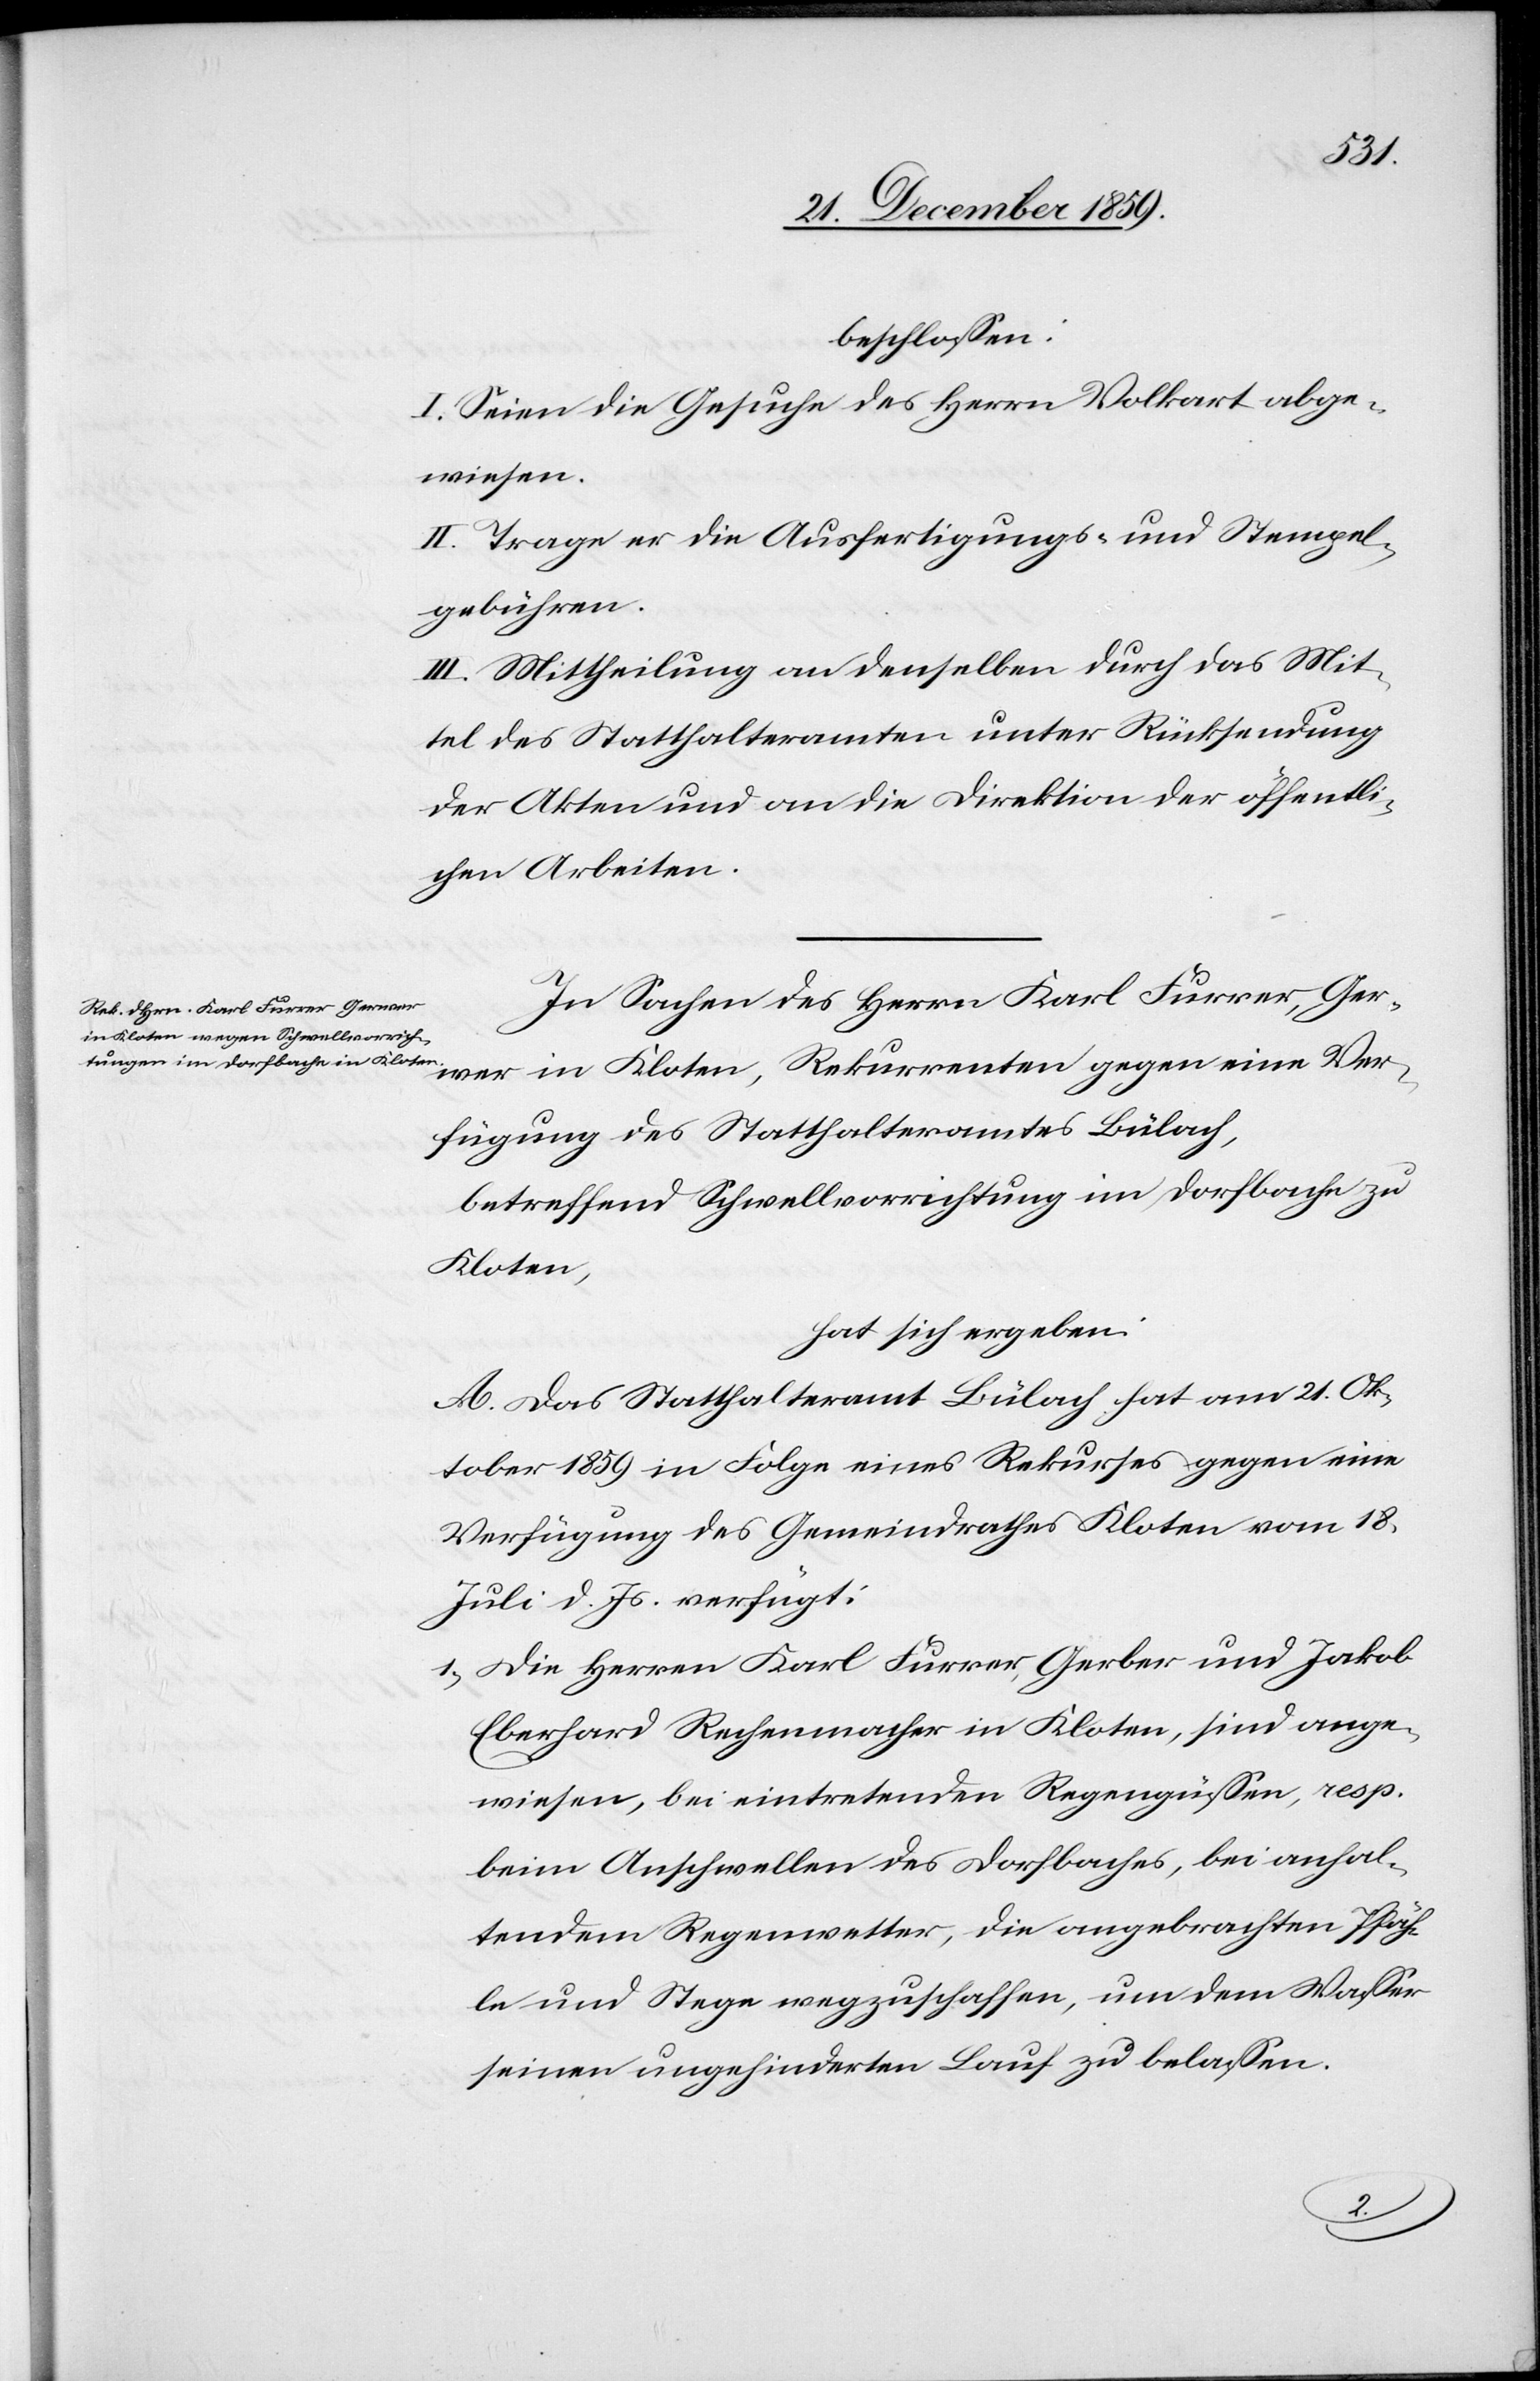
beschlossen:
I. Seien die Gesuche des Herrn Volkart abge¬
wiesen.
II. Trage er die Ausfertigungs- und Stempel¬
gebühren.
III. Mittheilung an denselben durch das Mit¬
tel des Statthalteramten [sic!] unter Rücksendung
der Akten und an die Direktion der öffentli¬
chen Arbeiten.
In Sachen des Herrn Karl Furrer, Ger¬
wer in Kloten, Rekurrenten gegen eine Ver¬
fügung des Statthalteramtes Bülach,
betreffend Schwellvorrichtung im Dorfbache zu
Kloten,
hat sich ergeben:
A. Das Statthalteramt Bülach hat am 21. Ok¬
tober 1859 in Folge eines Rekurses gegen eine
Verfügung des Gemeindrathes Kloten vom 18.
Juli d. Js. verfügt:
1) Die Herren Karl Furrer, Gerber und Jakob
Eberhard Rechenmacher in Kloten, sind ange¬
wiesen, bei eintretenden Regengüssen, resp.
beim Anschwellen des Dorfbaches, bei anhal¬
tendem Regenwetter, die angebrachten Pfäh¬
le und Stege wegzuschaffen, um dem Wasser
seinen ungehinderten Lauf zu belassen.